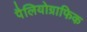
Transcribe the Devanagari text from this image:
पैलियोग्राफिक